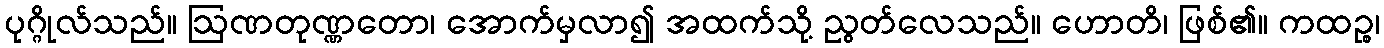
ပုဂ္ဂိုလ်သည်။ ဩဏတုဏ္ဏတော၊ အောက်မှလာ၍ အထက်သို့ ညွတ်လေသည်။ ဟောတိ၊ ဖြစ်၏။ ကထဉ္စ၊